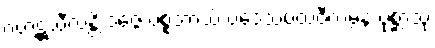
ဂဟဋ္ဌသီလန္တိ ဒဇ္ဇေ ပစ္စဘာသိံ ပဒေသပထဝီကမ္ပနံ ပုစ္ဆာသု